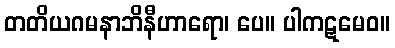
တတိယဂမနာဘိနီဟာရော၊ ပေ။ ပါကဋမေဝ။